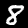
Label: 8